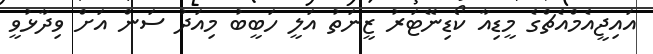
އައިޖީއެމްއެޗްގެ މީޑިއާ ކޯޑިނޭޓަރު ޒީނަތު އަލީ ހަބީބު މިއަދު ސަން އަށް ވިދާޅުވީ